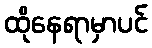
ထိုနေရာမှာပင်